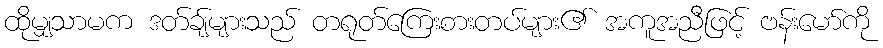
ထိုမျှသာမက ဒတ်ချ်များသည် တရုတ်ကြေးစားတပ်များ၏ အကူအညီဖြင့် ဗန်းမော်ကို